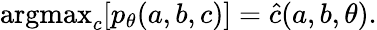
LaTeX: \begin{array}{r}{\mathrm{argmax}_{c}[p_{\theta}(a,b,c)]=\hat{c}(a,b,\theta).}\end{array}